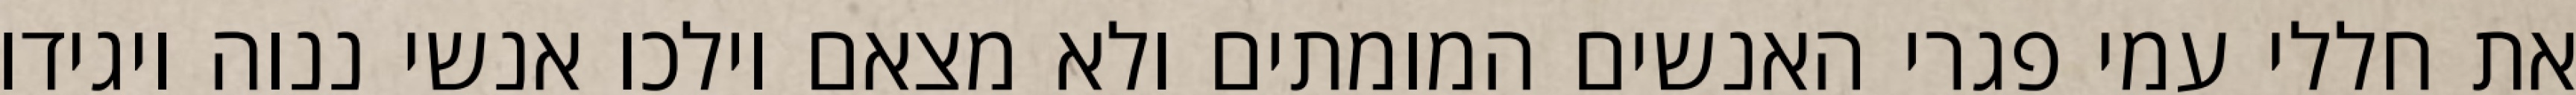
את חללי עמי פגרי האנשים המומתים ולא מצאם וילכו אנשי ננוה ויגידו